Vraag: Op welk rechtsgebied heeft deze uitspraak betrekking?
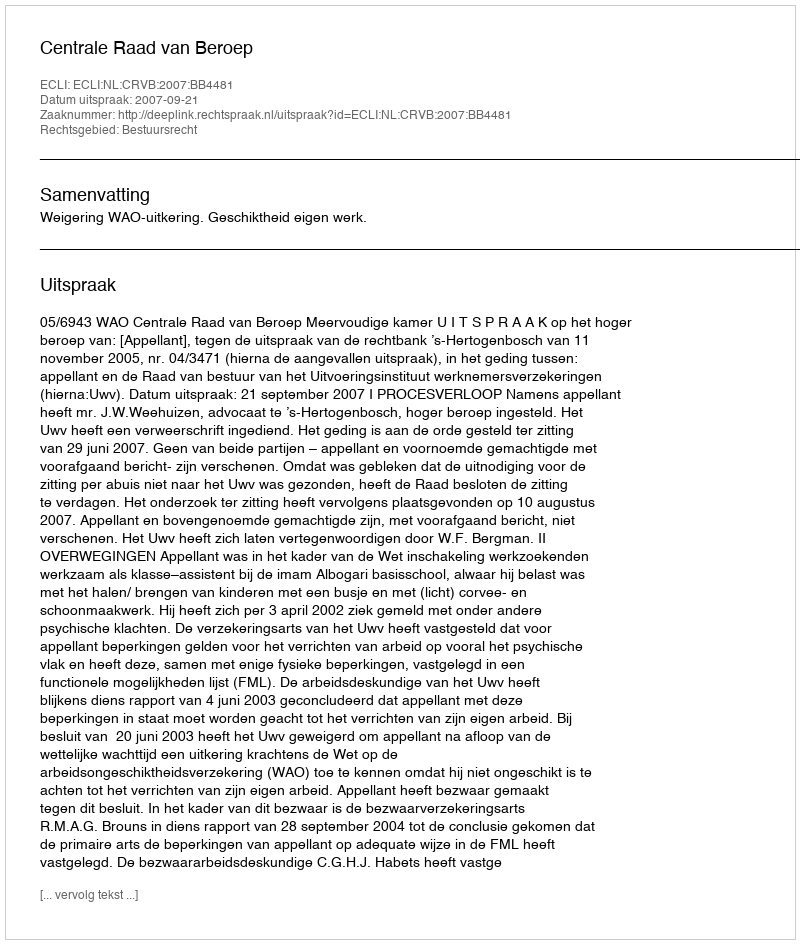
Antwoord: Bestuursrecht